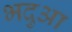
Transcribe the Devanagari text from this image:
भदुआ